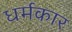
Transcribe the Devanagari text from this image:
धर्मकार